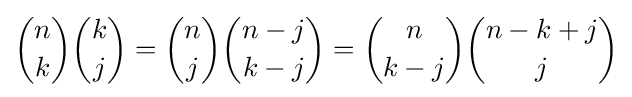
{\binom {n}{k}}{\binom {k}{j}}={\binom {n}{j}}{\binom {n-j}{k-j}}={\binom {n}{k-j}}{\binom {n-k+j}{j}}